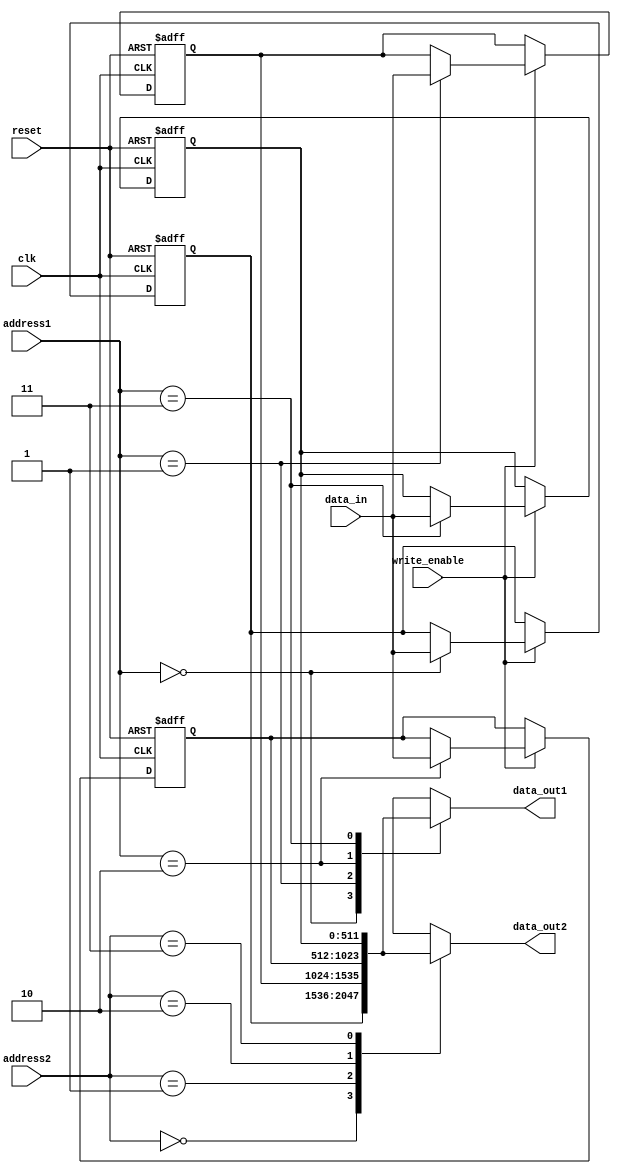
module RegisterFile (
    input clk, reset, write_enable,
    input [1:0] address1, address2,
    input [511:0] data_in,
    output reg [511:0] data_out1, data_out2);

    reg [511:0] registers [3:0];

    always @(posedge clk or posedge reset) begin
        if (reset) begin
            registers[0] <= 512'b0;
            registers[1] <= 512'b0;
            registers[2] <= 512'b0;
            registers[3] <= 512'b0;
        end else if (write_enable)
            registers[address1] <= data_in;
    end

    always @(*) begin
        data_out1 = registers[address1];
        data_out2 = registers[address2];
    end
endmodule